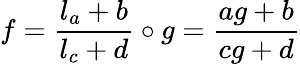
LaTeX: f=\frac{l_{a}+b}{l_{c}+d}\circ g=\frac{ag+b}{cg+d}